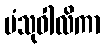
ပံသုဝါလိကာ